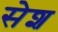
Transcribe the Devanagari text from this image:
सेश